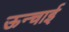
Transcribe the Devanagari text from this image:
ऊन्चाई